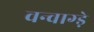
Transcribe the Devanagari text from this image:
वन्वाग्ड़े